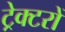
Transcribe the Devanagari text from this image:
ट्रेक्टरों